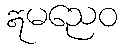
ဣမညေဝ